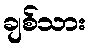
ချစ်သား